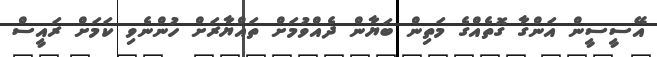
އޭސީސީން އަންގާ ގޮތެއްގެ މަތިން ބަޔާން ދެއްވުމަށް ތައްޔާރަށް ހުންނެވި ކަމަށް ރައީސް